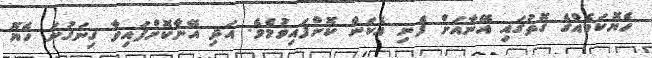
ހެޔޮކަމެއްގެ ގޮތުގައި އޭނާއަށް ފެނި އެކަން ކޮށްފައިވުމެވެ. އަދި އޭނާކޮށްފައިވާ ގިނަގުނަ ހެޔޮ